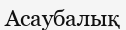
Асаубалық